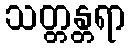
သတ္တန္တရာ